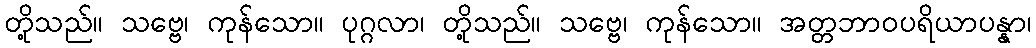
တို့သည်။ သဗ္ဗေ၊ ကုန်သော။ ပုဂ္ဂလာ၊ တို့သည်။ သဗ္ဗေ၊ ကုန်သော။ အတ္တဘာဝပရိယာပန္နာ၊